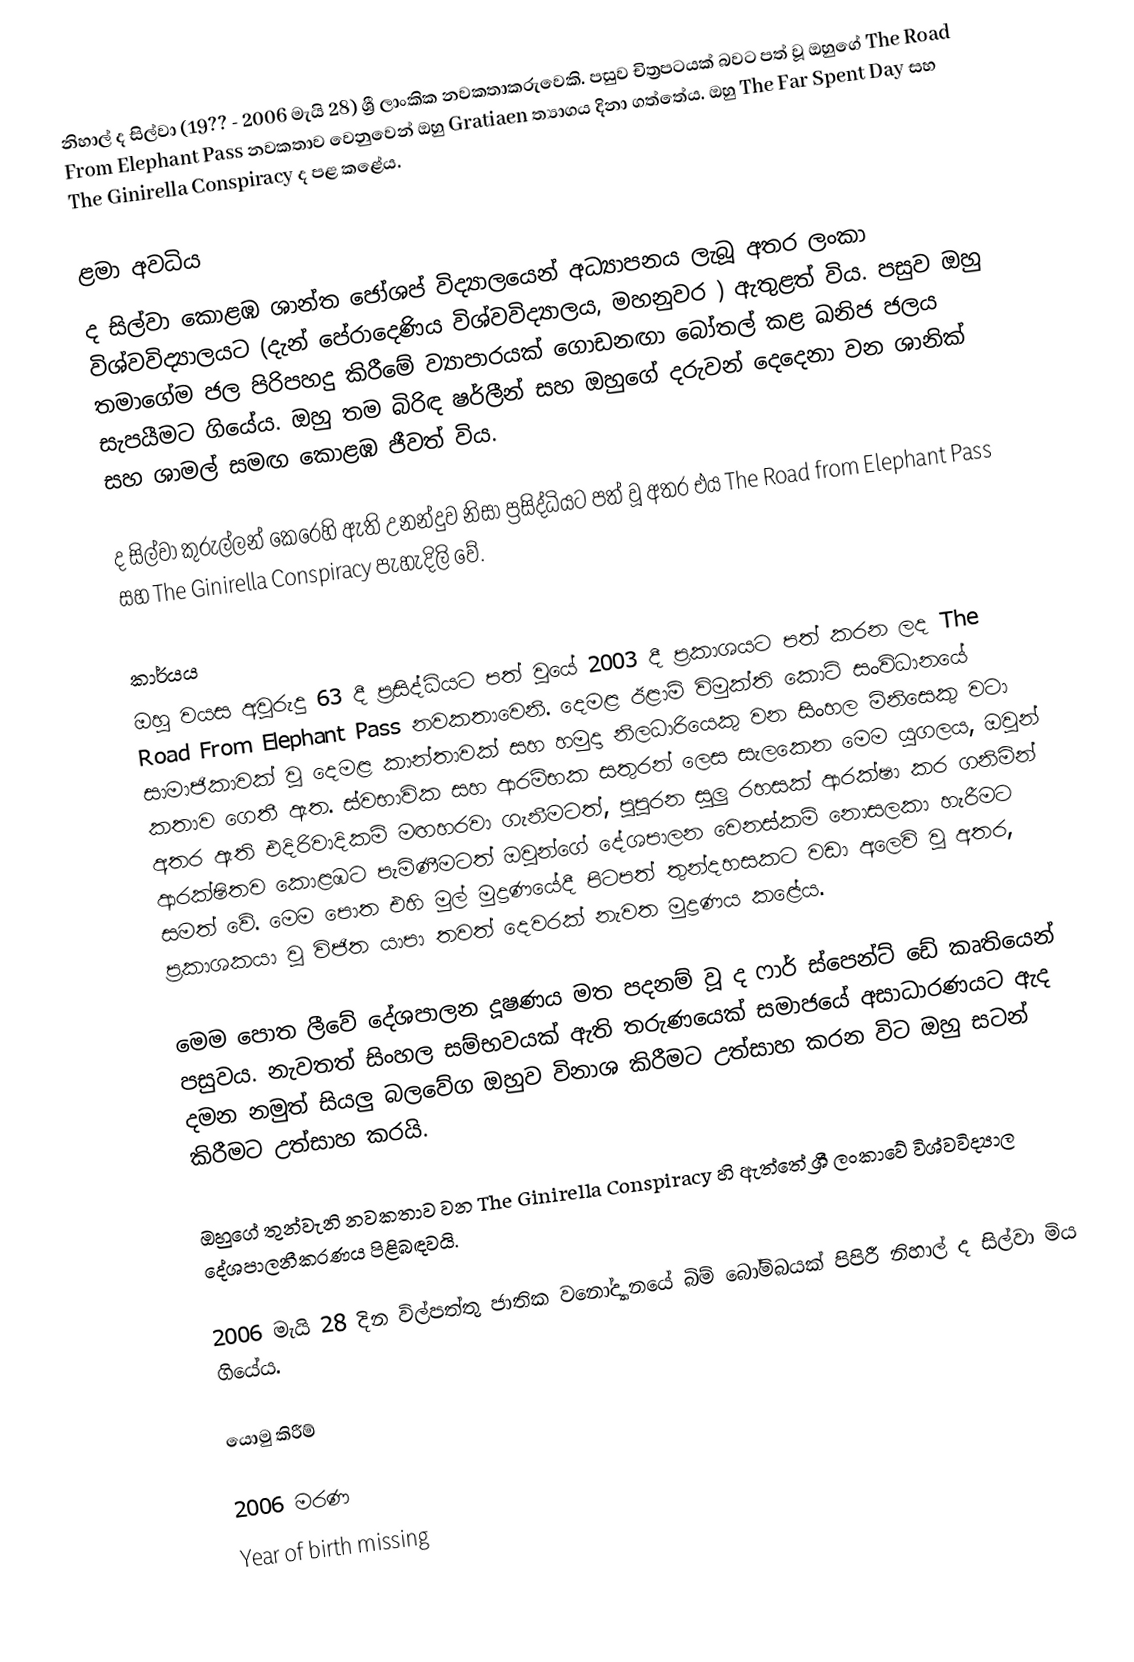
නිහාල් ද සිල්වා (19?? - 2006 මැයි 28) ශ්‍රී ලාංකික නවකතාකරුවෙකි. පසුව චිත්‍රපටයක් බවට පත් වූ ඔහුගේ The Road From Elephant Pass  නවකතාව වෙනුවෙන් ඔහු Gratiaen ත්‍යාගය දිනා ගත්තේය. ඔහු The Far Spent Day සහ The Ginirella Conspiracy ද පළ කළේය.

ළමා අවධිය
ද සිල්වා කොළඹ ශාන්ත ජෝශප් විද්‍යාලයෙන් අධ්‍යාපනය ලැබූ අතර ලංකා විශ්වවිද්‍යාලයට (දැන් පේරාදෙණිය විශ්වවිද්‍යාලය, මහනුවර ) ඇතුළත් විය. පසුව ඔහු තමාගේම ජල පිරිපහදු කිරීමේ ව්‍යාපාරයක් ගොඩනඟා බෝතල් කළ ඛනිජ ජලය සැපයීමට ගියේය. ඔහු තම බිරිඳ ෂර්ලීන් සහ ඔහුගේ දරුවන් දෙදෙනා වන ශානික් සහ ශාමල් සමඟ කොළඹ ජීවත් විය.

ද සිල්වා කුරුල්ලන් කෙරෙහි ඇති උනන්දුව නිසා ප්‍රසිද්ධියට පත් වූ අතර එය The Road from Elephant Pass සහ The Ginirella Conspiracy පැහැදිලි වේ.

කාර්යය
ඔහු වයස අවුරුදු 63 දී ප්‍රසිද්ධියට පත් වූයේ 2003 දී ප්‍රකාශයට පත් කරන ලද The Road From Elephant Pass නවකතාවෙනි. දෙමළ ඊළාම් විමුක්ති කොටි සංවිධානයේ සාමාජිකාවක් වූ දෙමළ කාන්තාවක් සහ හමුදා නිලධාරියෙකු වන සිංහල මිනිසෙකු වටා කතාව ගෙතී ඇත. ස්වභාවික සහ ආරම්භක සතුරන් ලෙස සැලකෙන මෙම යුගලය, ඔවුන් අතර ඇති එදිරිවාදිකම් මඟහරවා ගැනීමටත්, පුපුරන සුලු රහසක් ආරක්ෂා කර ගනිමින් ආරක්ෂිතව කොළඹට පැමිණීමටත් ඔවුන්ගේ දේශපාලන වෙනස්කම් නොසලකා හැරීමට සමත් වේ. මෙම පොත එහි මුල් මුද්‍රණයේදී පිටපත් තුන්දහසකට වඩා අලෙවි වූ අතර, ප්‍රකාශකයා වූ විජිත යාපා තවත් දෙවරක් නැවත මුද්‍රණය කළේය.

මෙම පොත ලීවේ දේශපාලන දූෂණය මත පදනම් වූ ද ෆාර් ස්පෙන්ට් ඩේ කෘතියෙන් පසුවය. නැවතත් සිංහල සම්භවයක් ඇති තරුණයෙක් සමාජයේ අසාධාරණයට ඇද දමන නමුත් සියලු බලවේග ඔහුව විනාශ කිරීමට උත්සාහ කරන විට ඔහු සටන් කිරීමට උත්සාහ කරයි.

ඔහුගේ තුන්වැනි නවකතාව වන The Ginirella Conspiracy හි ඇත්තේ ශ්‍රී ලංකාවේ විශ්වවිද්‍යාල දේශපාලනීකරණය පිළිබඳවයි.

2006 මැයි 28 දින විල්පත්තු ජාතික වනෝද්‍යානයේ බිම් බෝම්බයක් පිපිරී නිහාල් ද සිල්වා මිය ගියේය.

යොමු කිරීම්

2006 මරණ
Year of birth missing